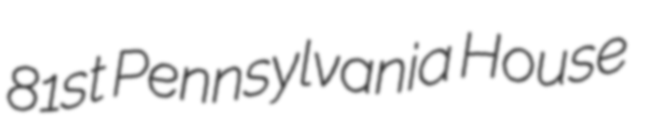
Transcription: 81st Pennsylvania House